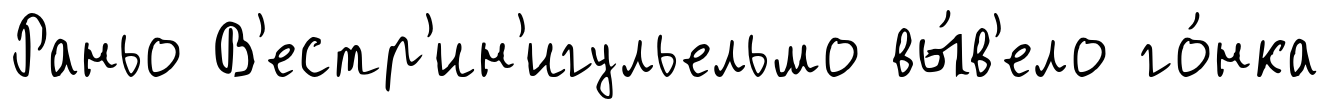
Раньо В'естр'ин'игульельмо вы́в'ело го́нка